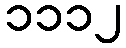
၁၁၁၂